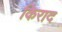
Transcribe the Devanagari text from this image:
किराद